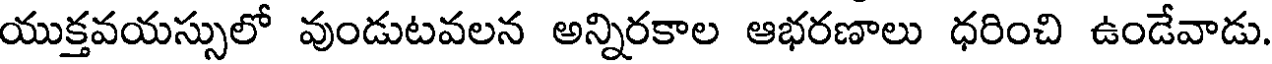
యుక్తవయస్సులో వుండుటవలన అన్నిరకాల ఆభరణాలు ధరించి ఉండేవాడు.